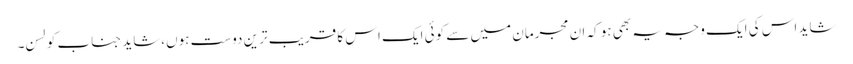
شاید اس کی ایک وجہ یہ بھی ہو کہ ان مجرمان میں سے کوئی ایک اس کا قریب ترین دوست ہوں،شاید جناب کولسن۔